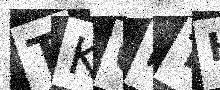
Text: TK6FTH